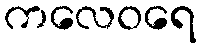
ကလေဝရေ